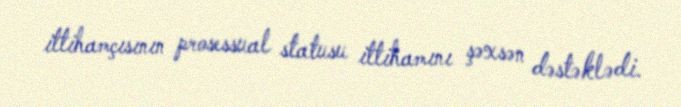
ittihamçısının prosessual statusu ittihamını şəxsən dəstəklədi.